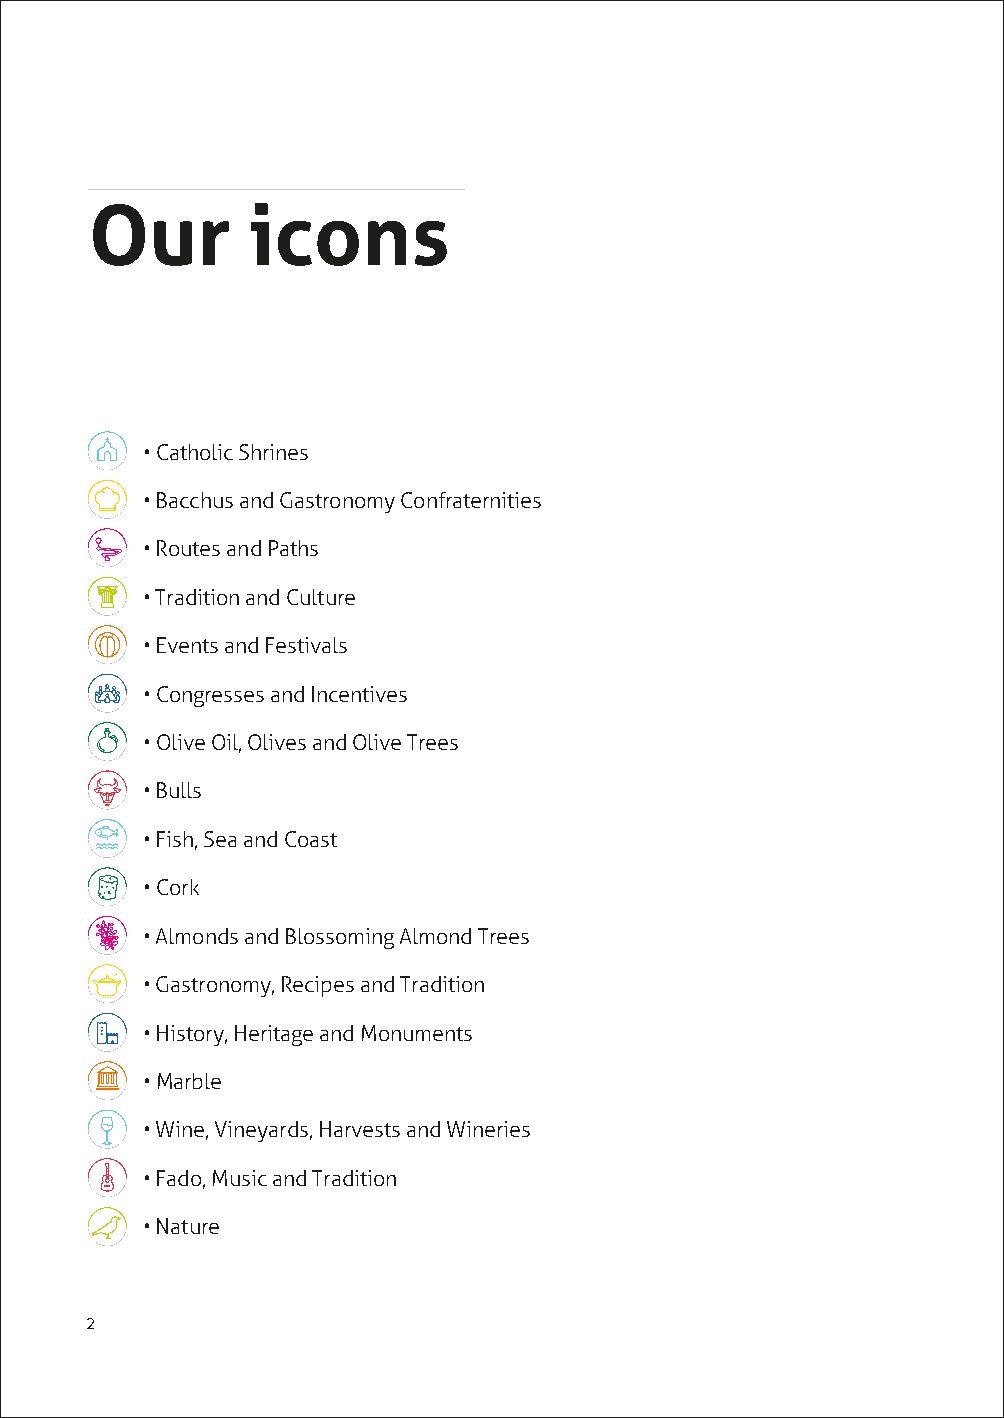
Our       icons
 • Catholic Shrines
 • Bacchus and Gastronomy Confraternities
 • Routes and Paths
 • Tradition and Culture
 • Events and Festivals
 • Congresses and Incentives
 • Olive Oil, Olives and Olive Trees
 • Bulls
 • Fish, Sea and Coast
 • Cork
 • Almonds and Blossoming Almond Trees
 • Gastronomy, Recipes and Tradition
 • History, Heritage and Monuments
 • Marble
 • Wine, Vineyards, Harvests and Wineries
 • Fado, Music and Tradition
 • Nature
 2